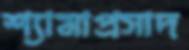
শ্যামাপ্রসাদ